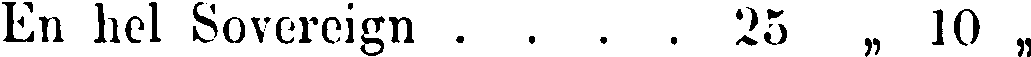
En hel Sovereign .... 25 „ 10 „